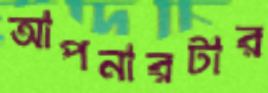
আপনারটার